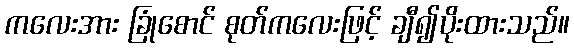
ကလေးအား ခြုံစောင် စုတ်ကလေးဖြင့် ချီ၍ပိုးထားသည်။